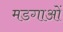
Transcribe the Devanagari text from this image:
मडगाओं